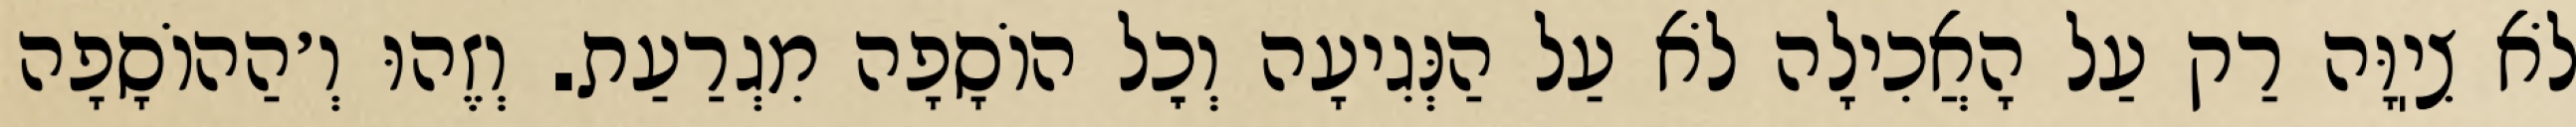
לֹא צִיֽוָּה רַק עַל הָאֲכִילָה לֹא עַל הַנְּגִיעָה וְכׇל הוֹסָפָה מִגְרַעַת. וְזֶהוּ וְ׳הַהוֹסָפָה